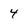
Character: 4